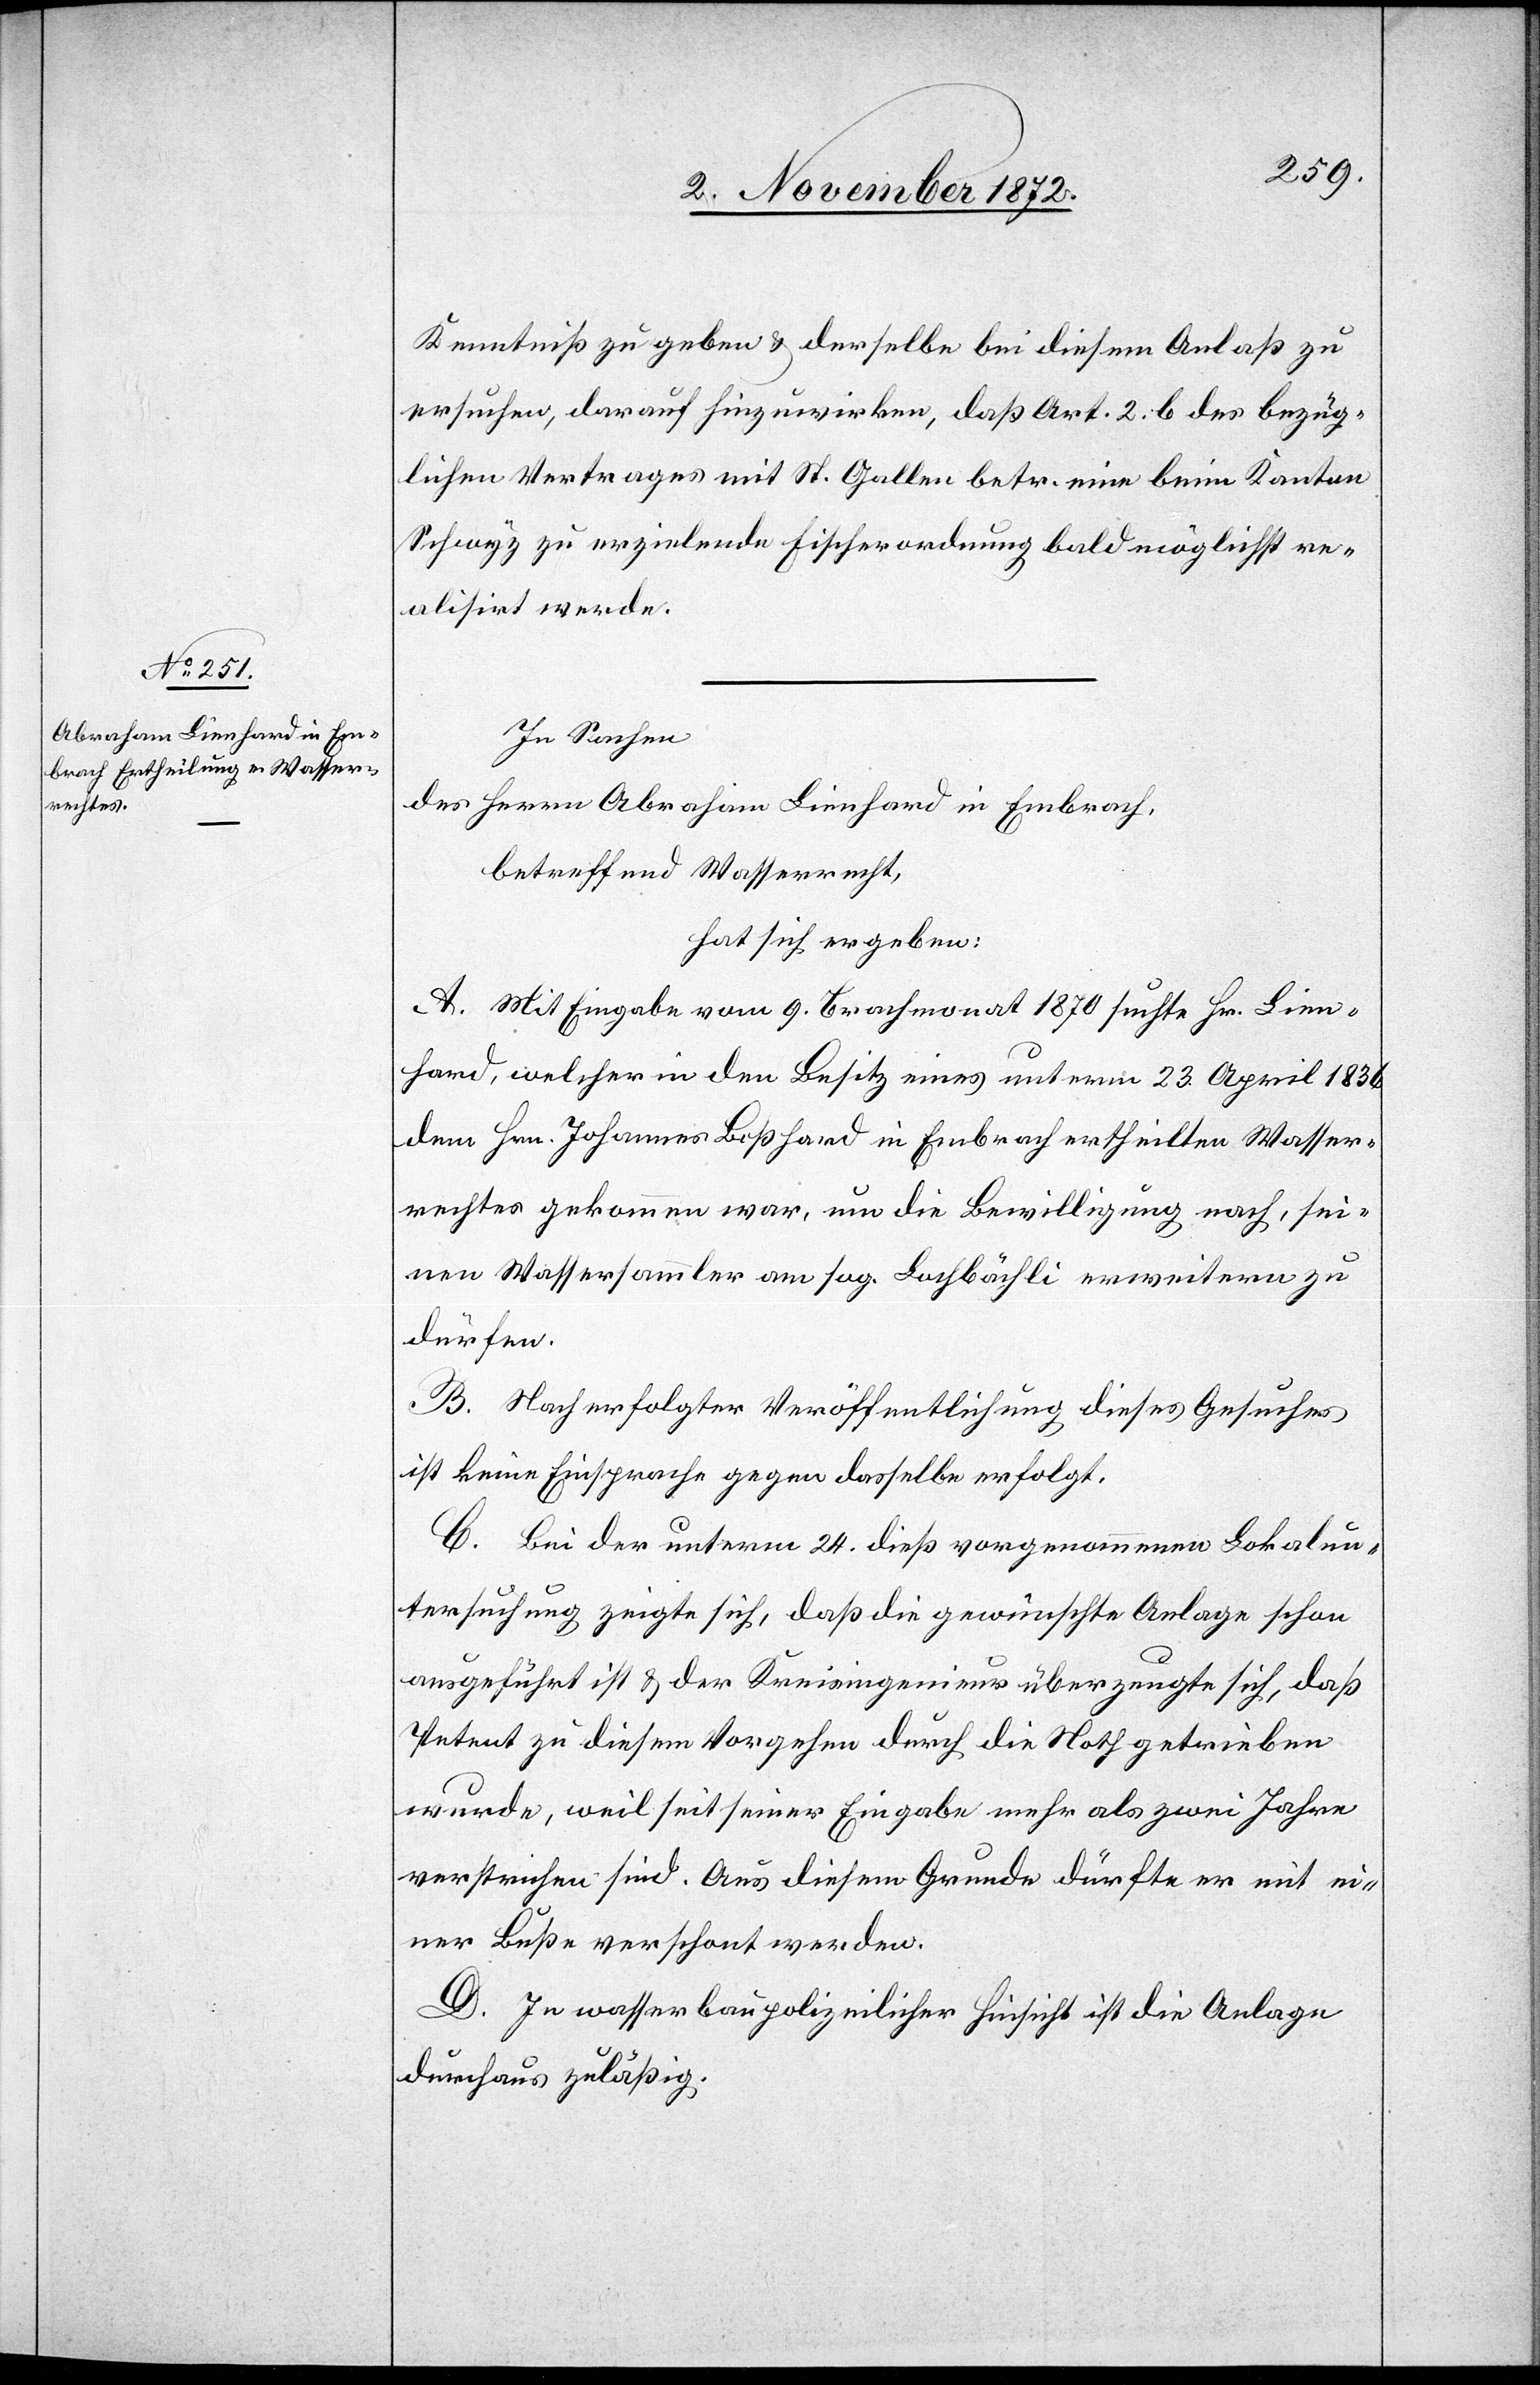
Kenntniß zu geben u. derselbe bei diesem Anlaß zu
ersuchen, darauf hinzuwirken, daß Art. 2. b des bezüg¬
lichen Vertrages mit St. Gallen betr. eine beim Kanton
Schwyz zu erzielende Fischerordnung baldmöglichst re¬
alisirt werde.
In Sachen
des Herrn Abraham Lienhard in Embrach,
betreffend Wasserrecht,
hat sich ergeben:
A. Mit Eingabe vom 9. Brachmonat 1870 suchte Hr. Lien¬
hard, welcher in den Besitz eines unterm 23. April 1836
dem Hrn. Johannes Boßhard in Embrach ertheilten Wasser¬
rechtes gekommen war, um die Bewilligung nach, sei¬
nen Wassersammler am sog. Lochbächli erweitern zu
dürfen.
B. Nach erfolgter Veröffentlichung dieses Gesuches
ist keine Einsprache gegen dasselbe erfolgt.
C. Bei der unterm 24. dieß vorgenommenen Lokalun¬
tersuchung zeigte sich, daß die gewünschte Anlage schon
ausgeführt ist u. der Kreisingenieur überzeugte sich, daß
Petent zu diesem Vorgehen durch die Noth getrieben
wurde, weil seit seiner Eingabe mehr als zwei Jahre
verstrichen sind. Aus diesem Grunde dürfte er mit ei¬
ner Buße verschont werden.
D. In wasserbaupolizeilicher Hinsicht ist die Anlage
durchaus zuläßig.